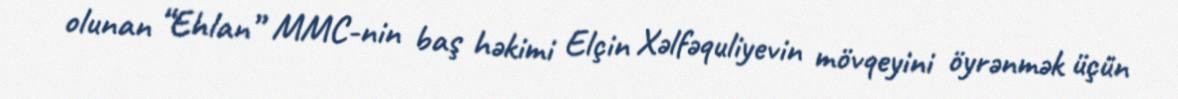
olunan “Ehlan” MMC-nin baş həkimi Elçin Xəlfəquliyevin mövqeyini öyrənmək üçün